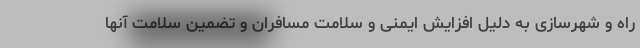
راه و شهرسازی به دلیل افزایش ایمنی و سلامت مسافران و تضمین سلامت آنها